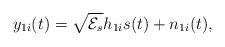
LaTeX: \begin{align*}y_{1i}(t) = \sqrt{\mathcal{E}_s} h_{1i} s(t) +n_{1i}(t),\end{align*}